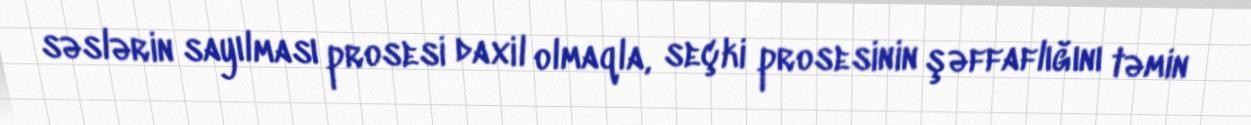
səslərin sayılması prosesi daxil olmaqla, seçki prosesinin şəffaflığını təmin